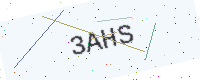
Text: 3AHS